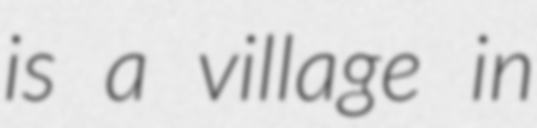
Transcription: is a village in